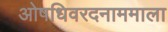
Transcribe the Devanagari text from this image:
ओषधिवरदनाममाला